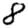
Digit: 8